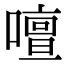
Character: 𠿞